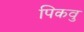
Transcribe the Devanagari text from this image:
पिकवु